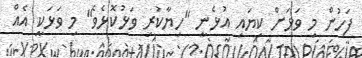
ފަހުން މި ވަޅަށް ކިޔައި އުޅެނީ "ހިޔާކުރި ވަޅުކޮޅެވެ" މި ވަޅަކީ އެއް